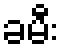
ခမီး